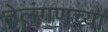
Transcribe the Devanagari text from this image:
तेलंगणच्या